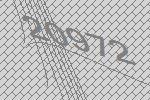
20972